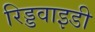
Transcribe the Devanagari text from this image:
रिड्डवाइडी